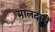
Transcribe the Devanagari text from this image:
मालदारों